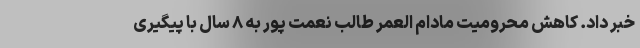
خبر داد. کاهش محرومیت مادام العمر طالب نعمت پور به ۸ سال با پیگیری